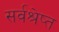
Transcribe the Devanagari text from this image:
सर्वश्रेष्त